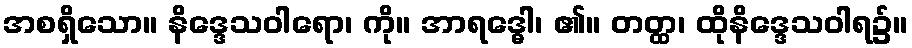
အစရှိသော။ နိဒ္ဒေသဝါရော၊ ကို။ အာရဒ္ဓေါ၊ ၏။ တတ္ထ၊ ထိုနိဒ္ဒေသဝါရ၌။